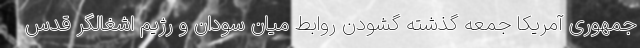
جمهوری آمریکا جمعه گذشته گشودن روابط میان سودان و رژیم اشغالگر قدس